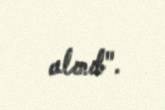
alınıb".